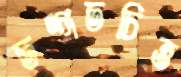
তদ্গতচিত্ত